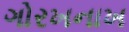
ગોરખનાખ